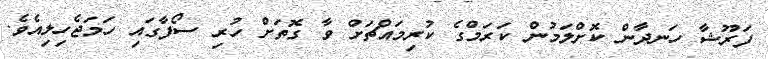
ފަރޫޝާ ހަނދާން ކޮށްލަމުން ކަރަމްގެ ކުރިމައްޗަށް ވާ ގޮތަށް ހުރި ސޯފާގައި ހަމަޖެހިލިއެވެ.